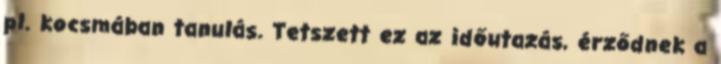
pl. kocsmában tanulás. Tetszett ez az időutazás, érződnek a